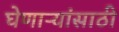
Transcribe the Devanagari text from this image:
घेणाऱ्यांसाठी